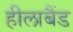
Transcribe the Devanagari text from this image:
हीलाबैंड